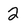
Character: 2